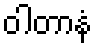
ဝါတာနံ